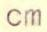
cm